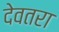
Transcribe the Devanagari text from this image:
देवतरा